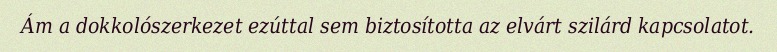
Ám a dokkolószerkezet ezúttal sem biztosította az elvárt szilárd kapcsolatot.